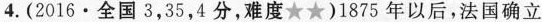
4.(2016·全国3，35，4分，难度★★)1875年以后，法国确立